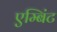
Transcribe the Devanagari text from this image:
एम्बिंट